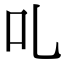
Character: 𠮜